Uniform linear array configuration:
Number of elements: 12
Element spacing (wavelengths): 0.25
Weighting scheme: kaiser
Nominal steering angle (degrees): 45
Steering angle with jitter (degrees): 46.834
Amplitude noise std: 0.05
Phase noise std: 0.05

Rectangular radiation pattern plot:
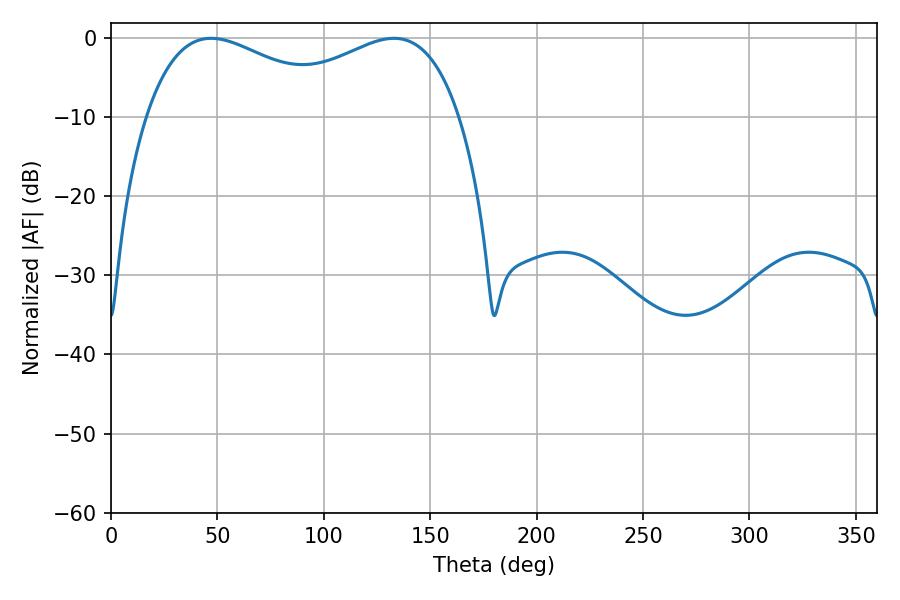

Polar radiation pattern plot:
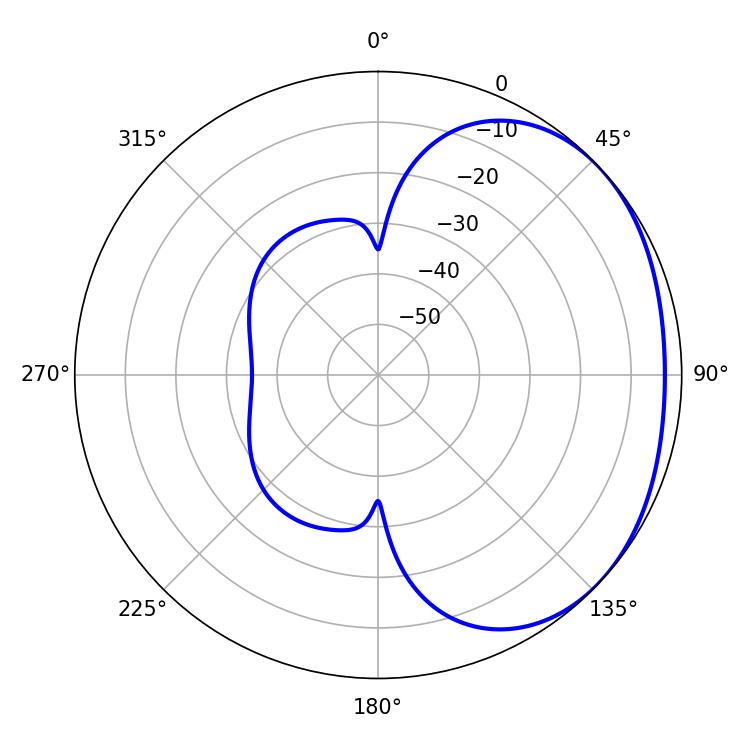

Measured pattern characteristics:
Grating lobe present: FALSE
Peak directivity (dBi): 1.857
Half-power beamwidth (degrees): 52.2
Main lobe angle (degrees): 46.98